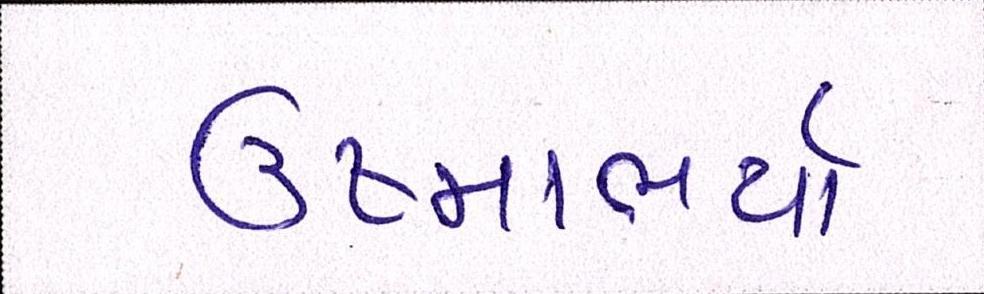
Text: ઉષ્માભર્યાં